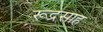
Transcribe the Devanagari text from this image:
रूद्रसाह